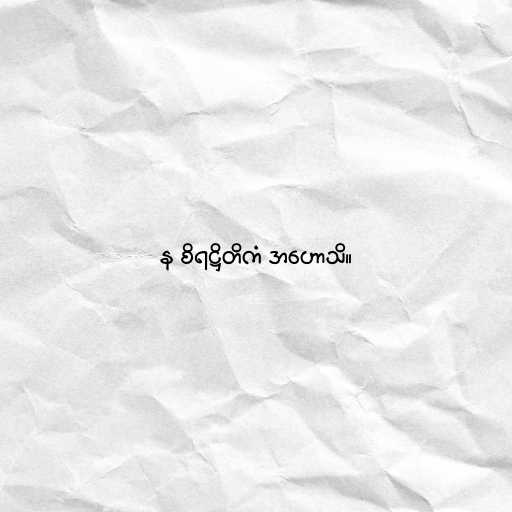
န စိရဋ္ဌိတိကံ အဟောသိ။